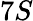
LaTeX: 7S